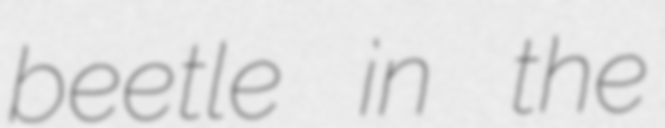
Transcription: beetle in the